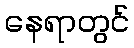
နေရာတွင်